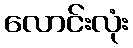
လောင်းလုံး